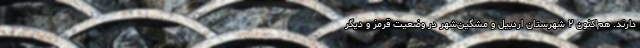
دارند. هم‌اکنون ۲ شهرستان اردبیل و مشگین‌شهر در وضعیت قرمز و دیگر